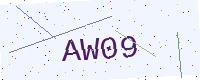
Text: AW09